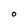
Character: o